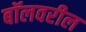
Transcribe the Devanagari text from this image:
बॉलवरील